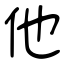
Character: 他